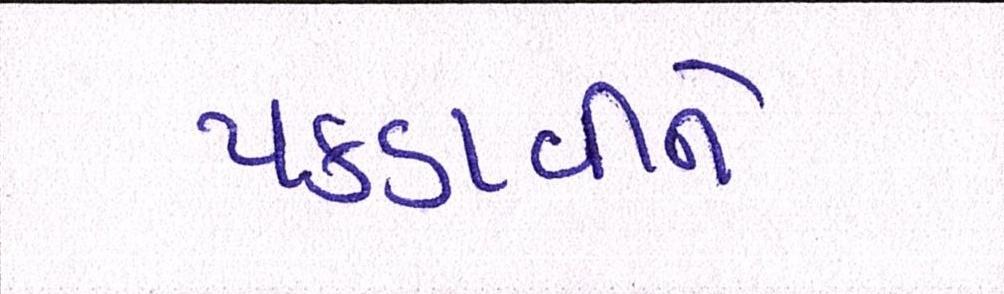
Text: પકડાવીને